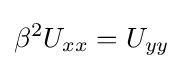
\beta ^{2}U_{xx}=U_{yy}